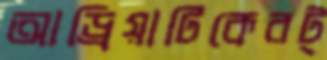
আড্রিয়াটিকেরট্